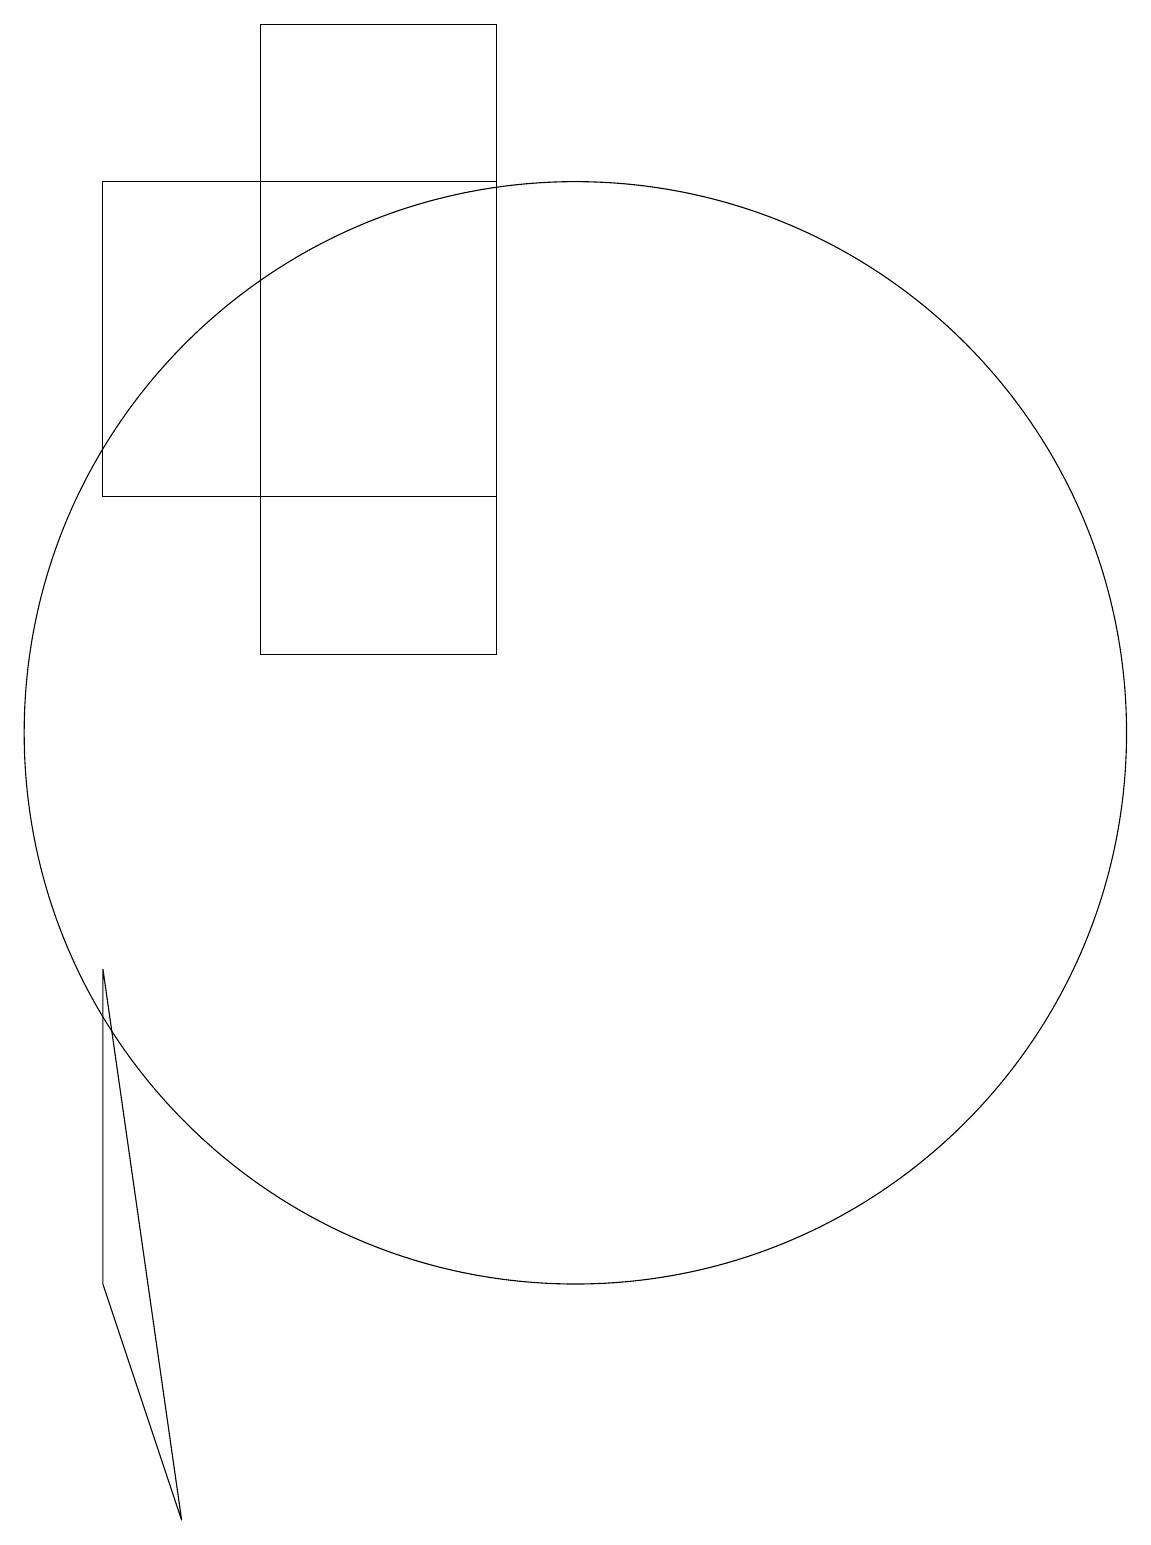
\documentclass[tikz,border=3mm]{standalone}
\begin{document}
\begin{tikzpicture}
\draw (11,10) circle (0);
\draw (9,11) rectangle (6,19);
\draw (10,10) circle (7);
\draw (12,12) circle (0);
\draw (4,17) rectangle (9,13);
\draw (4,7) -- (5,0) -- (4,3) -- cycle;
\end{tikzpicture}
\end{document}